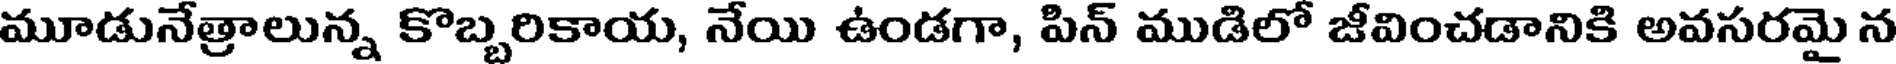
మూడునేత్రాలున్న కొబ్బరికాయ, నేయి ఉండగా, పిన్ ముడిలో జీవించడానికి అవసరమై న